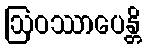
ဩဝဿာပေန္တိ